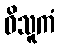
ဝိသူကံ